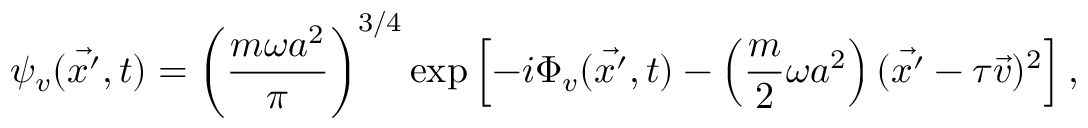
\psi _ { v } ( \vec { x ^ { \prime } } , t ) = \left( \frac { m \omega a ^ { 2 } } { \pi } \right) ^ { 3 / 4 } \exp \left[ - i \Phi _ { v } ( \vec { x ^ { \prime } } , t ) - \left( \frac { m } { 2 } \omega a ^ { 2 } \right) ( \vec { x ^ { \prime } } - \tau \vec { v } ) ^ { 2 } \right] ,